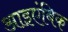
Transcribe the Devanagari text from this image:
आइएंबिक